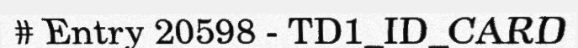
# Entry 20598 - TD1_ID_CARD